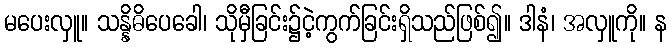
မပေးလှူ။ သန္နိဓိပေခေါ၊ သိုမှီခြင်း၌ငဲ့ကွက်ခြင်းရှိသည်ဖြစ်၍။ ဒါနံ၊ အလှူကို။ န